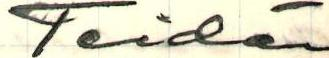
Teidän